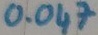
Text: 0.047